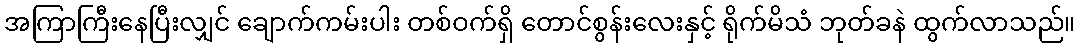
အကြာကြီးနေပြီးလျှင် ချောက်ကမ်းပါး တစ်ဝက်ရှိ တောင်စွန်းလေးနှင့် ရိုက်မိသံ ဘုတ်ခနဲ ထွက်လာသည်။